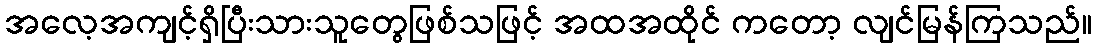
အလေ့အကျင့်ရှိပြီးသားသူတွေဖြစ်သဖြင့် အထအထိုင် ကတော့ လျင်မြန်ကြသည်။